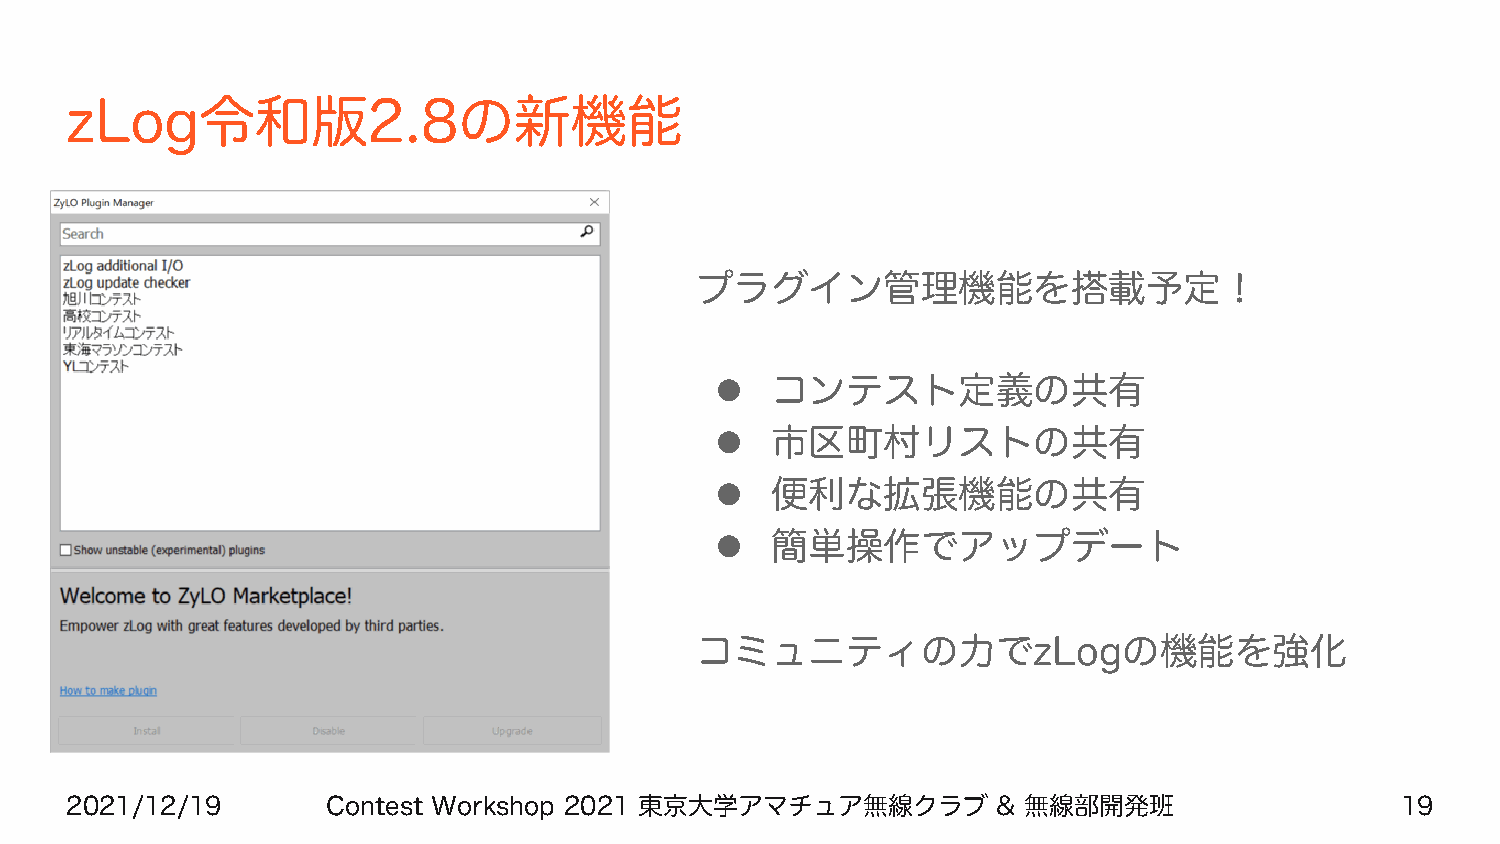
zLog令和版2.8の新機能
 プラグイン管理機能を搭載予定！
 l   コンテスト定義の共有
 l   市区町村リストの共有
 l   便利な拡張機能の共有
 l   簡単操作でアップデート
 コミュニティの力でzLogの機能を強化
 2021/12/19        Contest Workshop 2021 東京大学アマチュア無線クラブ        & 無線部開発班                   19